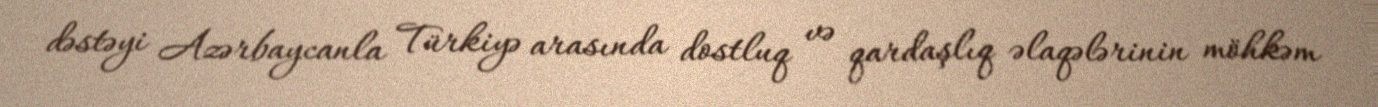
dəstəyi Azərbaycanla Türkiyə arasında dostluq və qardaşlıq əlaqələrinin möhkəm